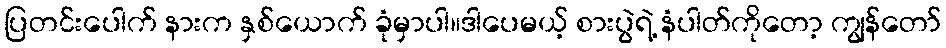
ပြတင်းပေါက် နားက နှစ်ယောက် ခုံမှာပါ။ဒါပေမယ့် စားပွဲရဲ့ နံပါတ်ကိုတော့ ကျွန်တော်